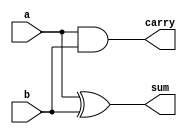

module half_adder_behavioral(
    input a,
    input b,
    output reg sum,  
    output reg carry
    );
  
    // Behavioral style
    always @(a or b) begin
        sum   = a ^ b;  // a XOR b
        carry = a & b;  // a AND b
    end
  
endmodule



module testbench();
  
    // Declare variables and nets for module ports
    reg a;
    reg b;
    wire sum;
    wire carry;  
  
    // Instantiate the module
    half_adder_behavioral HALF_ADD(
        .a(a),
        .b(b),
        .sum(sum),
        .carry(carry)
        );
  
    // Generate stimulus and monitor module ports
    initial begin
        $monitor("a=%b, b=%b, sum=%b, carry=%b", a, b, sum, carry);
    end  
  
    initial begin
        #1; a = 0; b = 0;
        #1; a = 0; b = 1;
        #1; a = 1; b = 0;
        #1; a = 1; b = 1;
        #1; a = 0; b = 0;
        #1; a = 1; b = 1;
    end
  
endmodule